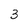
Character: 3